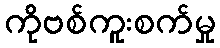
ကိုဗစ်ကူးစက်မှု